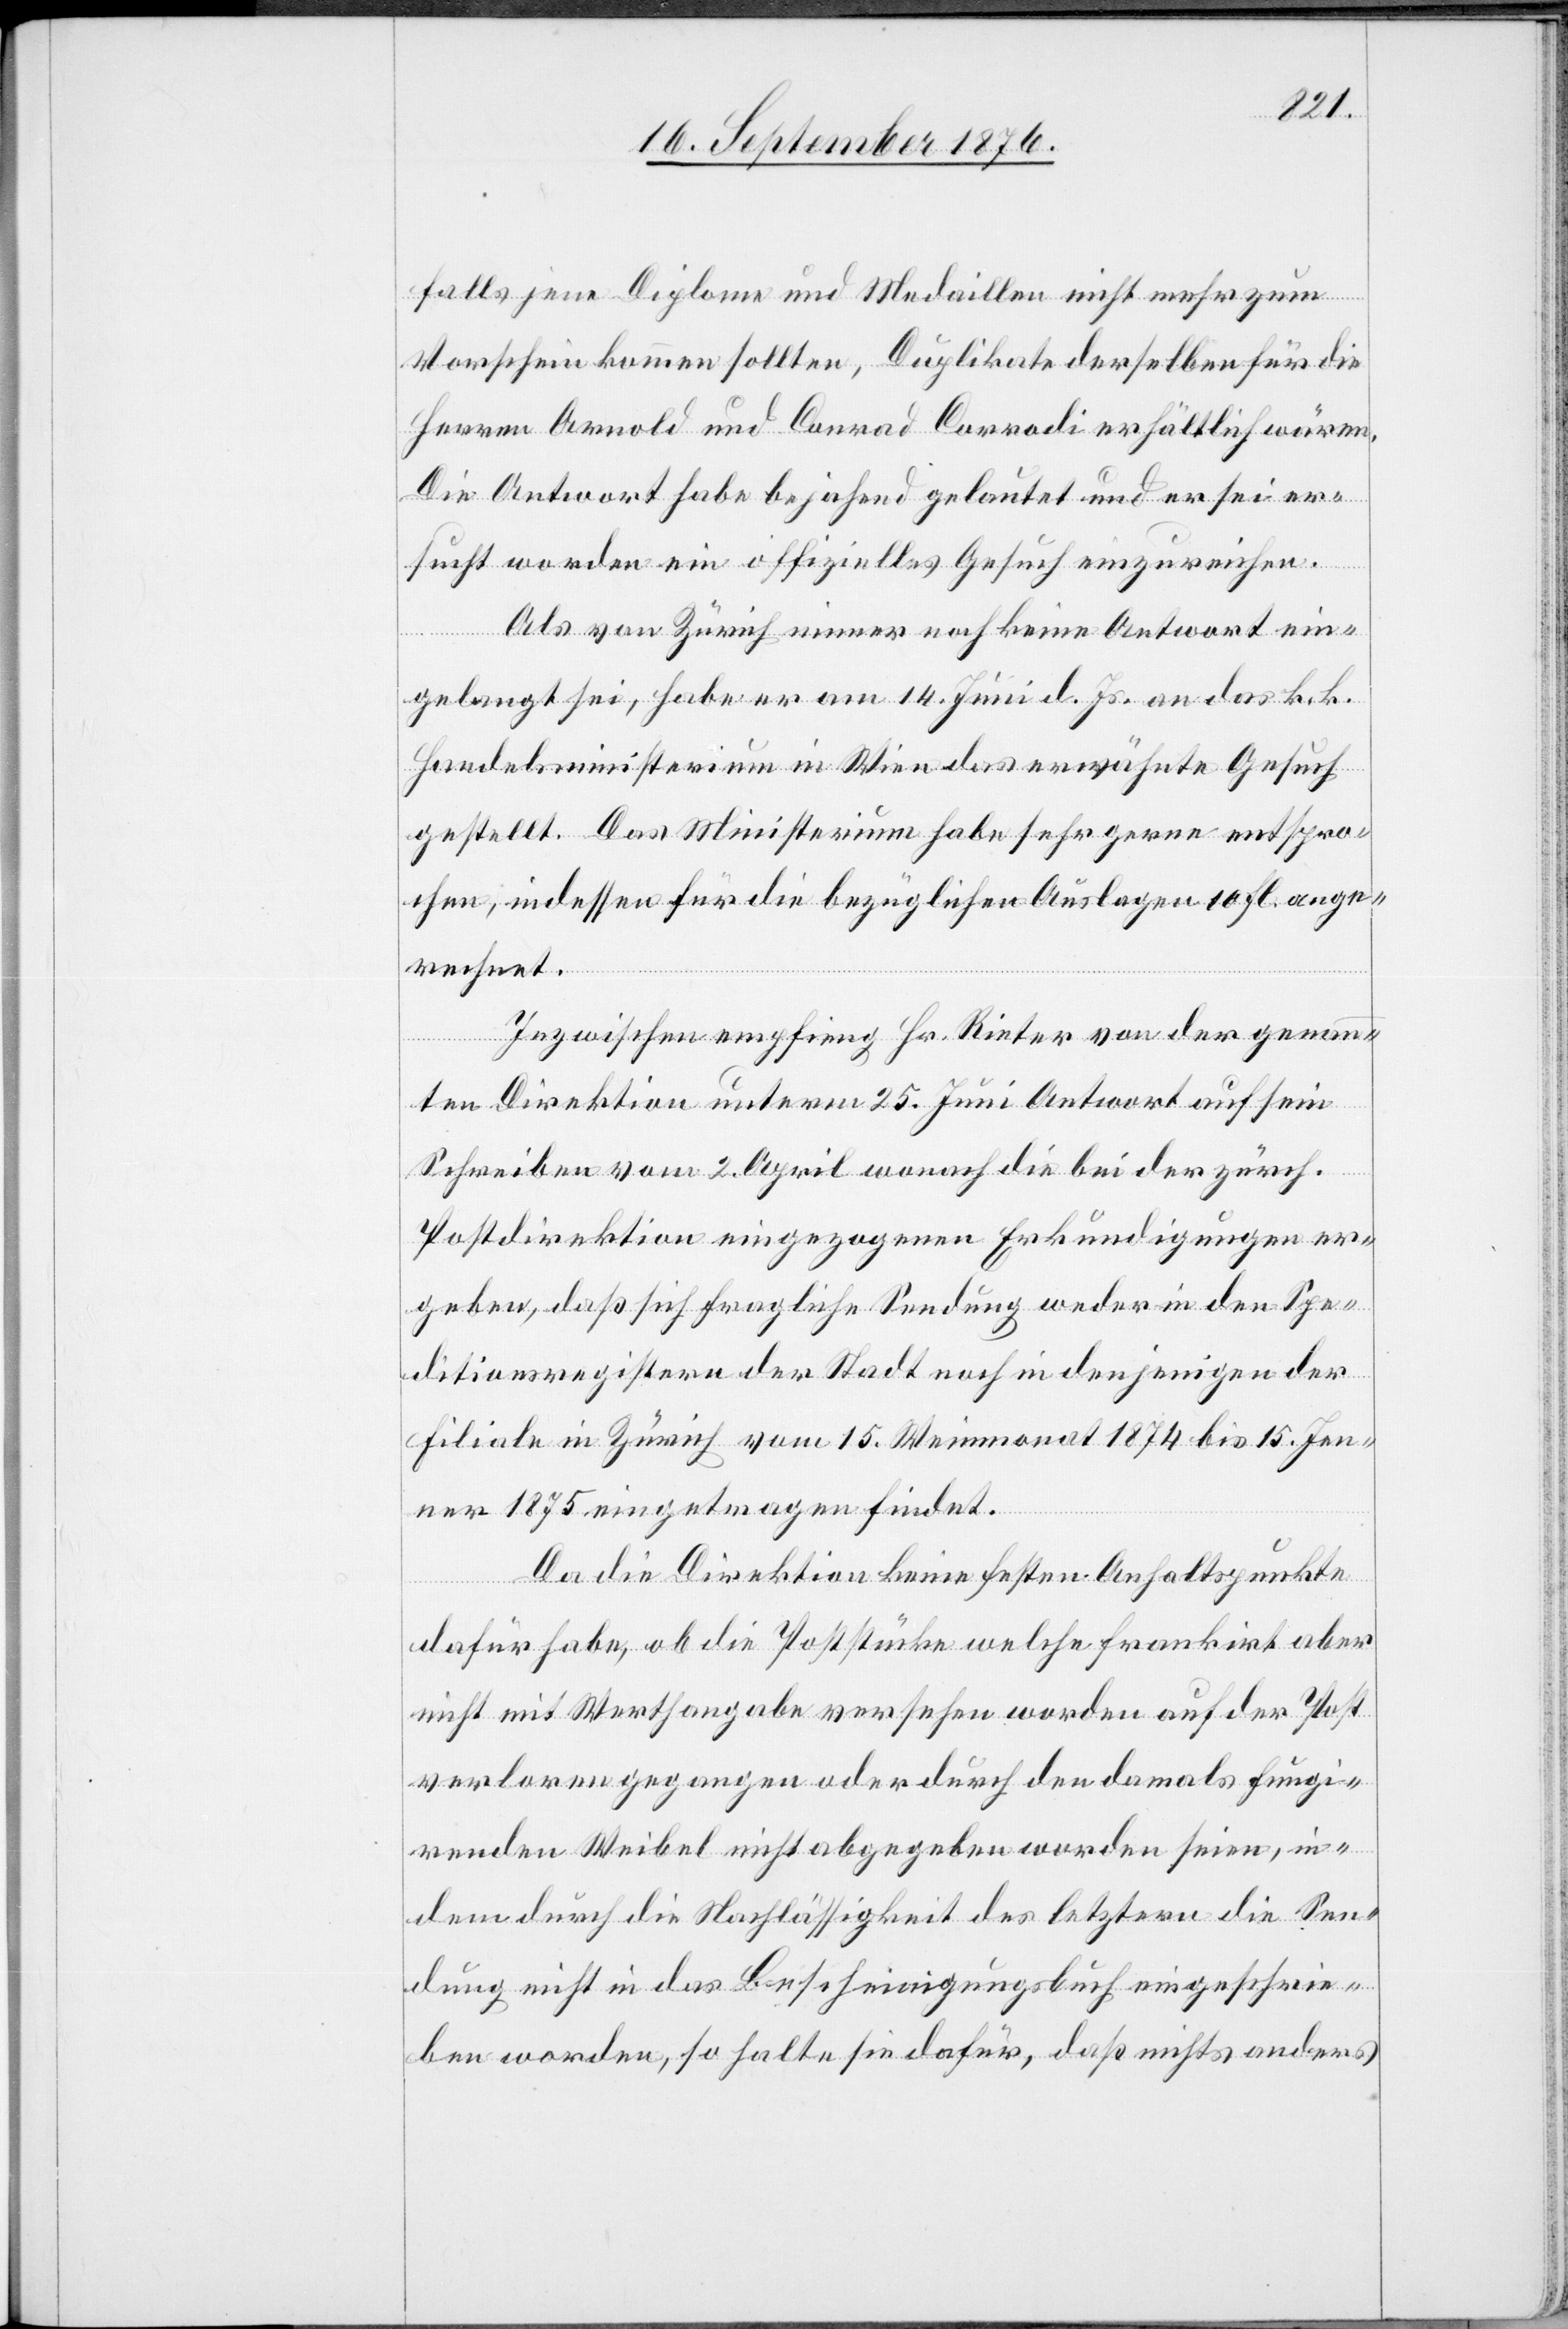
falls jene Diplome und Medaillen nicht mehr zum
Vorschein kommen sollten, Duplikate derselben für die
Herren Arnold und Conrad Corrodi erhältlich wären.
Die Antwort habe bejahend gelautet und er sei er¬
sucht worden ein offizielles Gesuch einzureichen.
Als von Zürich immer noch keine Antwort ein¬
gelangt sei, habe er am 14. Juni d. Js. an das k. k.
Handelsministerium in Wien das erwähnte Gesuch
gestellt. Das Ministerium habe sehr gerne entspro¬
chen, indessen für die bezüglichen Auslagen 10 Fl. ange¬
rechnet.
Inzwischen empfing Hr. Rieter von der genann¬
ten Direktion unterm 25. Juni Antwort auf sein
Schreiben vom 2. April wonach die bei der zürch.
Postdirektion eingezogenen Erkundigungen er¬
geben, daß sich fragliche Sendung weder in den Spe¬
ditionsregistern der Stadt noch in denjenigen der
Filiale in Zürich vom 15. Wintermonat 1874 bis 15. Jen¬
ner 1875 eingetragen findet.
Da die Direktion keine festen Anhaltspunkte
dafür habe, ob die Poststücke welche frankirt aber
nicht mit Werthangabe versehen worden auf der Post
verloren gegangen oder durch den damals fungi¬
renden Weibel nicht abgegeben worden seien, in¬
dem durch die Nachlässigkeit des letztern die Sen¬
dung nicht in das Bescheinigungsbuch eingeschrie¬
ben worden, so halte sie dafür, daß nichts anders